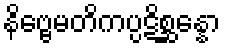
နိဗ္ဗေမတိကပ္ပဋိစ္ဆန္နော